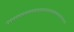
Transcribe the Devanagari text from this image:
०००००००००००००००००००००००००००